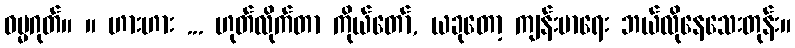
ဓမ္မဂုတ်။ ။ ဟားဟား ... ဟုတ်လိုက်တာ ကိုယ်တော်, ယခုတော့ ကျန်းမာရေး ဘယ်လိုနေသေးတုန်း။